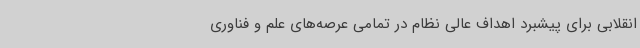
انقلابی برای پیشبرد اهداف عالی نظام در تمامی عرصه‌های علم و فناوری